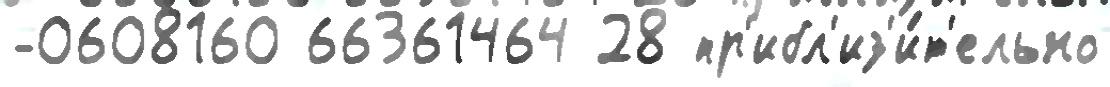
-0608160 66361464 28 пр'ибл'из'и́т'ельно